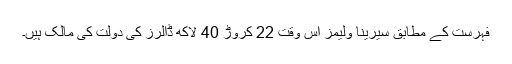
فہرست کے مطابق سیرینا ولیمز اس وقت 22 کروڑؕ 40 لاکھ ڈالرز کی دولت کی مالک ہیں۔